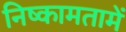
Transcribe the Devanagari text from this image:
निष्कामतामें